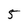
Character: 5